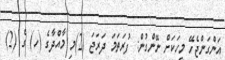
އަންގަންޖެހޭ މީހަކަށް ނޭންގުން: ފުރަތަމަ ދަރަޖަ (2)މި މާއްދާގެ (ހ) ގެ (2)